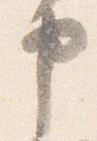
申